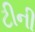
ટીની